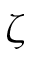
\zeta